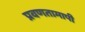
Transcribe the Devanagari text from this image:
प्रवणतामापी